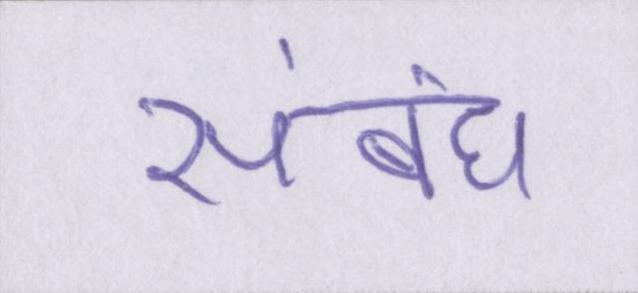
संबंध